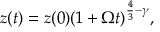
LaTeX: z ( t ) = z ( 0 ) ( 1 + \Omega t ) ^ { \frac { 4 } { 3 } - \gamma } ,